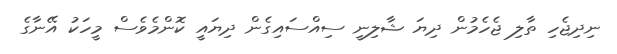
ނިދިޖެހި ތާލި ޖެހެމުން ދިޔަ ޝާލިނީ ސިއްސައިގެން ދިޔައީ ކޮންމެވެސް މީހަކު އޭނާގެ